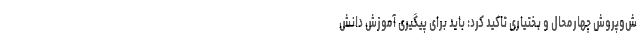
ش‌وپروش چهارمحال و بختیاری تاکید کرد: باید برای پیگیری آموزش دانش